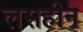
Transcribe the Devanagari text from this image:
लसहीन